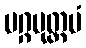
မဂ္ဂမုတ္တမံ